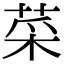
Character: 菜